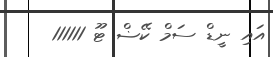
އައި ނީޑް ސަމް ކޭޟް ޓޫ 111111